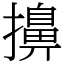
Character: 擤